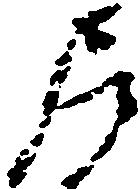
尼